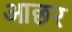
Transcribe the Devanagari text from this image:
आछर